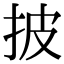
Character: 披